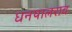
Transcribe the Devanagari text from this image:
धनपालराव